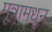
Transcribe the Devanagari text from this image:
मूत्रामधून